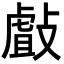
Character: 㪥